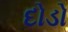
દોડો